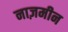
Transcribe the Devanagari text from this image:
नाज़मीन